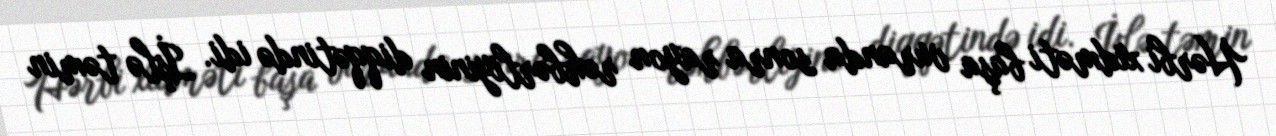
Hərbi xidməti başa vuranda sonra rayon rəhbərliyinin diqqətində idi. İşlə təmin